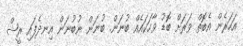
އަހަރެން އެބޮތް ވަރަށް ބޮޑު ވާހަކައެއް ބުނަން. ބުނަން ނުބުނަން އިނދެފައި ރީޝް